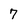
Character: 7